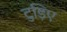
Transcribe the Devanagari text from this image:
टुड़िए